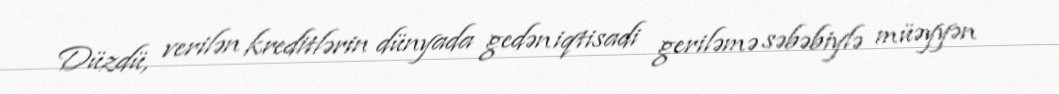
Düzdü, verilən kreditlərin dünyada gedən iqtisadi geriləmə səbəbiylə müəyyən